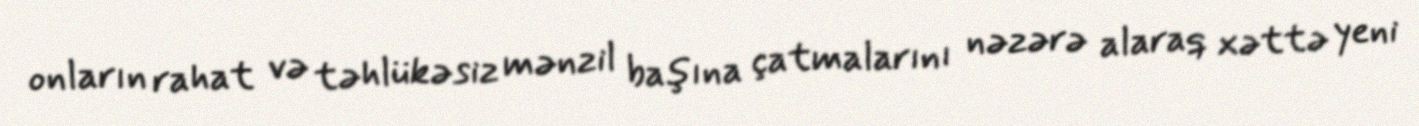
onların rahat və təhlükəsiz mənzil başına çatmalarını nəzərə alaraq xəttə yeni